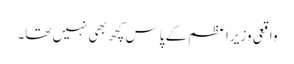
واقعی وزیراعظم کے پاس کچھ بھی نہیں تھا۔